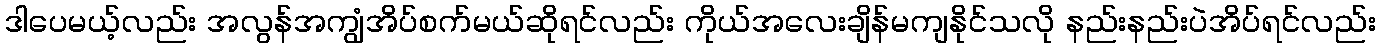
ဒါပေမယ့်လည်း အလွန်အကျွံအိပ်စက်မယ်ဆိုရင်လည်း ကိုယ်အလေးချိန်မကျနိုင်သလို နည်းနည်းပဲအိပ်ရင်လည်း